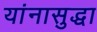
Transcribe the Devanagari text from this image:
यांनासुद्धा